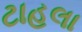
ટાહલા